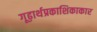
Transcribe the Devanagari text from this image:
गूढ़ार्थप्रकाशिकाकार